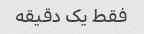
فقط یک دقیقه